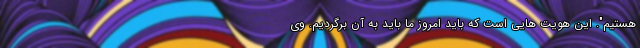
هستیم". این هویت هایی است که باید امروز ما باید به آن برگردیم. وی